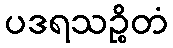
ပဒရသဉ္စိတံ